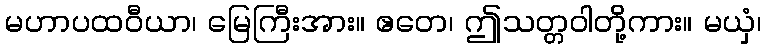
မဟာပထဝီယာ၊ မြေကြီးအား။ ဧတေ၊ ဤသတ္တဝါတို့ကား။ မယှံ၊